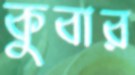
কুবার